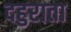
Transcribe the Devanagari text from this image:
दहुराता